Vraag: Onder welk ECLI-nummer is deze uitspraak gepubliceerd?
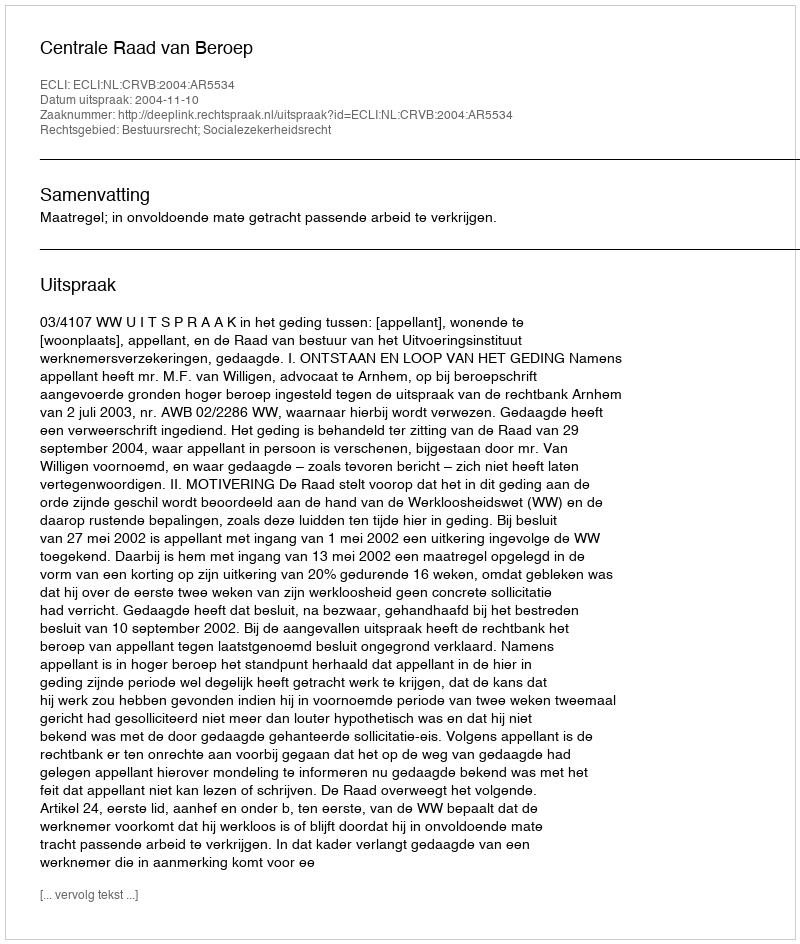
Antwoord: ECLI:NL:CRVB:2004:AR5534